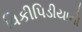
વિકીપિડીયાનો